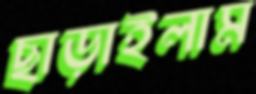
ছাড়াইলাম